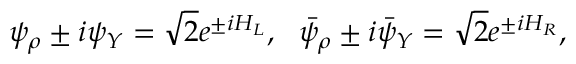
\psi _ { \rho } \pm i \psi _ { Y } = \sqrt { 2 } e ^ { \pm i H _ { L } } , ~ ~ \bar { \psi } _ { \rho } \pm i \bar { \psi } _ { Y } = \sqrt { 2 } e ^ { \pm i H _ { R } } ,